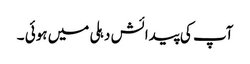
آپ کی پیدائش دہلی میں ہوئی ۔